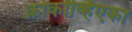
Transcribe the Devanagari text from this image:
क्रोकॉव्हिएका